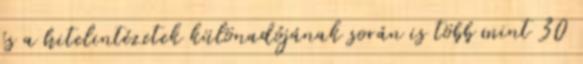
és a hitelintézetek különadójának során is több mint 30